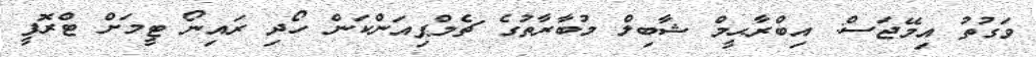
ވަގުތު އިމޭޖަސް: އިބްރާޙީމް ޝާބިލް މުބާރާތުގެ ޗެމްޕިއަންކަން ހޯދި ރައިނޯ ޓީމަށް ޓްރޮފީ